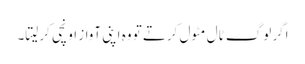
اگر لوگ ٹال مٹول کرتے تو وہ اپنی آواز اونچی کرلیتا۔